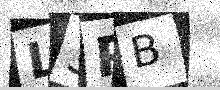
Text: L3PB